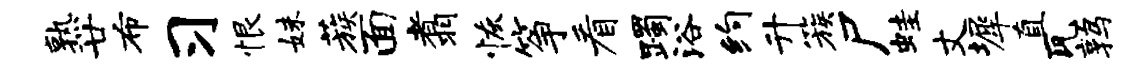
熟廿布习恨妹蔟面翥恢筝看躅浴约升簇尸蛙丈墀直瓦鹑